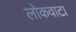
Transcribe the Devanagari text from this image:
लोकवाटा